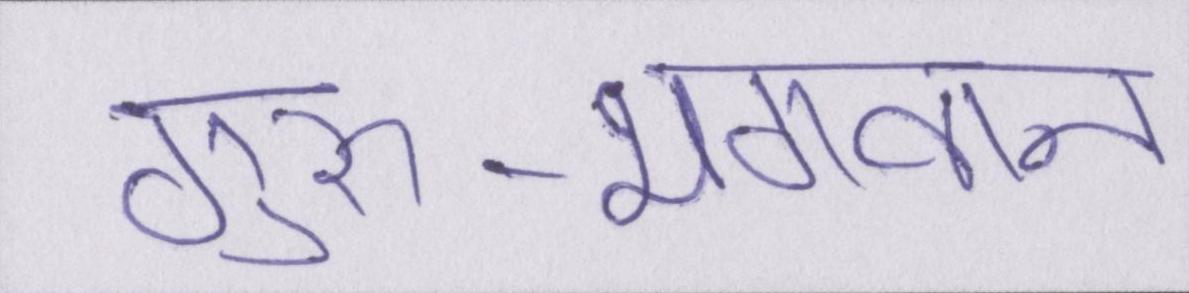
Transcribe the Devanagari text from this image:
गुरु-भगवान